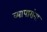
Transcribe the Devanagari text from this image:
व्यापारांना